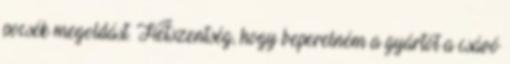
pocsék megoldást. Hétszentség, hogy beperelném a gyártót a csávó